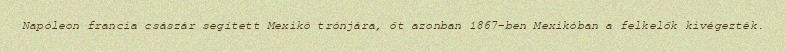
Napóleon francia császár segített Mexikó trónjára, őt azonban 1867-ben Mexikóban a felkelők kivégezték.